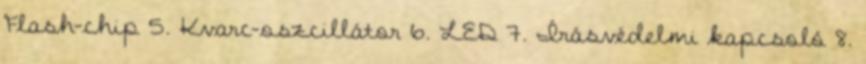
Flash-chip 5. Kvarc-oszcillátor 6. LED 7. Írásvédelmi kapcsoló 8.